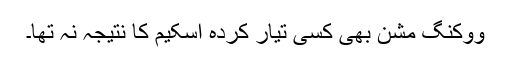
ووکنگ مشن بھی کسی تیار کردہ اسکیم کا نتیجہ نہ تھا۔